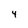
Character: 4